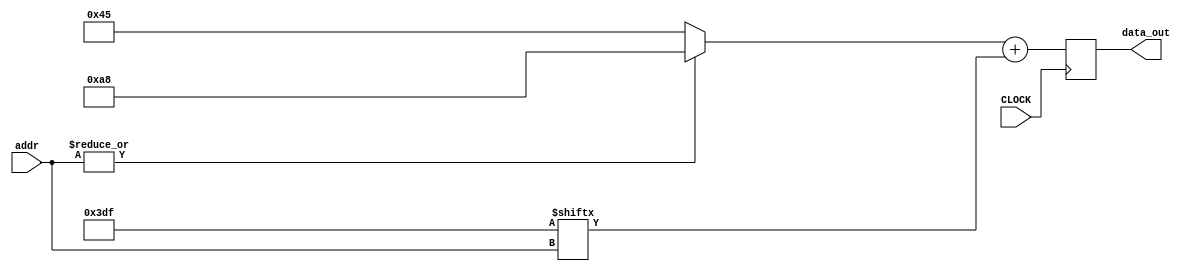
module ROM_FourByEight_top
#(
   parameter WIDTH = 8
)
(
   input wire             CLOCK,
   input wire [3:0]       addr,
  //input wire            wr_en,                                               
  //input wire [9:0]      wr_bitMask,                                           

   output reg [WIDTH-1:0] data_out
);
   wire [6:0]              start;
   wire [WIDTH-1:0]        cnt_reg;
   wire [9:0]              bitMask;

   assign start = 7'd69;
   assign cnt_reg  = {{(WIDTH-8){1'b0}},8'd168};
   assign bitMask = 10'h3df;

   wire [WIDTH-1:0]  cntVal;
   assign cntVal = (|addr) ? { {(WIDTH-8){1'b0}}  ,cnt_reg} : { {(WIDTH-7){1'b0}} ,start};
   
   always @(posedge CLOCK) begin
      //if(wr_en) bitMask <= wr_bitMask;                                       
      data_out = (cntVal+{ {(WIDTH-1){1'b0}} ,bitMask[addr]});
   end
   
endmodule